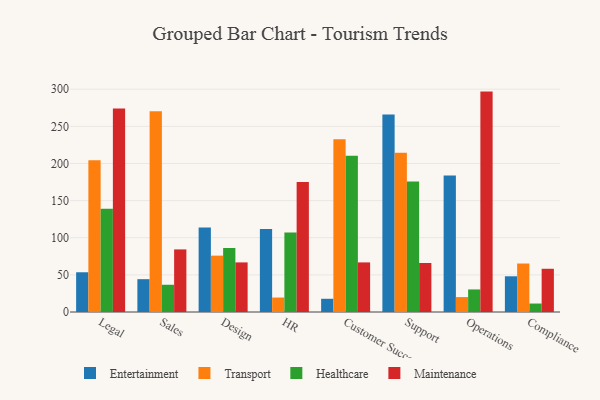
{"axis": {"x": "Department", "y": "Churn Rate (%)"}, "legend": ["Entertainment", "Healthcare", "Maintenance", "Transport"], "data": [{"x": "Legal", "y": 53.5, "type": "Entertainment"}, {"x": "Legal", "y": 204.5, "type": "Transport"}, {"x": "Legal", "y": 139.0, "type": "Healthcare"}, {"x": "Legal", "y": 274.0, "type": "Maintenance"}, {"x": "Sales", "y": 44.2, "type": "Entertainment"}, {"x": "Sales", "y": 270.4, "type": "Transport"}, {"x": "Sales", "y": 36.7, "type": "Healthcare"}, {"x": "Sales", "y": 84.3, "type": "Maintenance"}, {"x": "Design", "y": 113.7, "type": "Entertainment"}, {"x": "Design", "y": 75.9, "type": "Transport"}, {"x": "Design", "y": 86.3, "type": "Healthcare"}, {"x": "Design", "y": 66.8, "type": "Maintenance"}, {"x": "HR", "y": 111.9, "type": "Entertainment"}, {"x": "HR", "y": 19.5, "type": "Transport"}, {"x": "HR", "y": 107.2, "type": "Healthcare"}, {"x": "HR", "y": 174.9, "type": "Maintenance"}, {"x": "Customer Success", "y": 17.8, "type": "Entertainment"}, {"x": "Customer Success", "y": 232.8, "type": "Transport"}, {"x": "Customer Success", "y": 210.5, "type": "Healthcare"}, {"x": "Customer Success", "y": 66.8, "type": "Maintenance"}, {"x": "Support", "y": 266.1, "type": "Entertainment"}, {"x": "Support", "y": 214.6, "type": "Transport"}, {"x": "Support", "y": 175.7, "type": "Healthcare"}, {"x": "Support", "y": 66.0, "type": "Maintenance"}, {"x": "Operations", "y": 183.7, "type": "Entertainment"}, {"x": "Operations", "y": 20.1, "type": "Transport"}, {"x": "Operations", "y": 30.4, "type": "Healthcare"}, {"x": "Operations", "y": 296.8, "type": "Maintenance"}, {"x": "Compliance", "y": 48.1, "type": "Entertainment"}, {"x": "Compliance", "y": 65.3, "type": "Transport"}, {"x": "Compliance", "y": 11.4, "type": "Healthcare"}, {"x": "Compliance", "y": 58.2, "type": "Maintenance"}]}